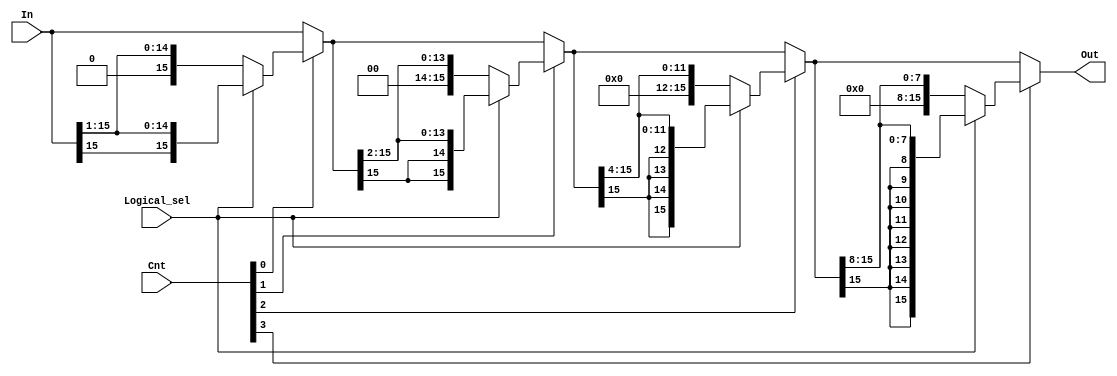

module rshifter(In, Cnt, Logical_sel, Out);
    input [15:0] In;
    input [3:0] Cnt;
    input Logical_sel;
    output [15:0] Out;

    wire [15:0] intermediates[2:0];
    wire [15:0] shifts[3:0];

    assign shifts[0] = In >> 1;
    assign shifts[1] = intermediates[0] >> 2;
    assign shifts[2] = intermediates[1] >> 4;
    assign shifts[3] = intermediates[2] >> 8;

    assign intermediates[0] = (~Cnt[0]) ? In :
                              (Logical_sel) ? {In[15], shifts[0][14:0]} :
                              shifts[0];

    assign intermediates[1] = (~Cnt[1]) ? intermediates[0] :
                              (Logical_sel) ? {{2{intermediates[0][15]}}, shifts[1][13:0]} :
                              shifts[1];

    assign intermediates[2] = (~Cnt[2]) ? intermediates[1] :
                              (Logical_sel) ? {{4{intermediates[1][15]}}, shifts[2][11:0]} :
                              shifts[2];

    assign Out = (~Cnt[3]) ? intermediates[2] :
                 (Logical_sel) ? {{8{intermediates[2][15]}}, shifts[3][7:0]} :
                 shifts[3];

endmodule